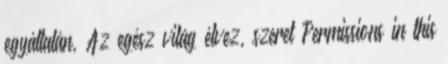
egyáltalán, Az egész világ élvez, szeret Permissions in this